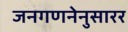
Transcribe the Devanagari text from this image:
जनगणनेनुसारर